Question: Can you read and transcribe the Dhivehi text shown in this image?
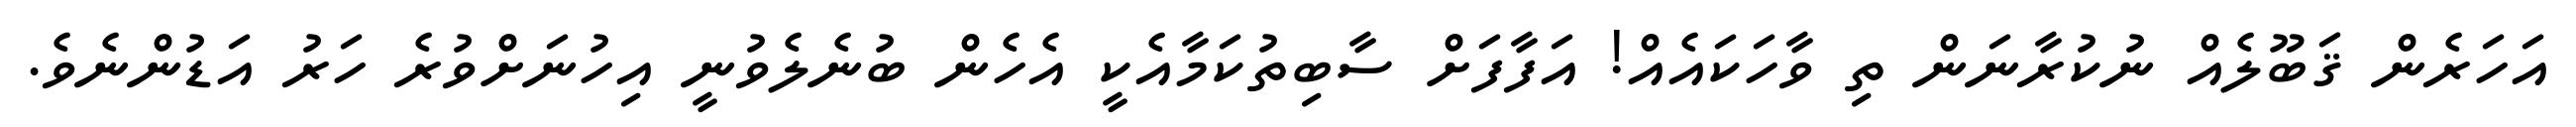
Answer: އަހަރެން ޤަބޫލެއް ނުކުރާނަން ތި ވާހަކައެއް! އަފާފަށް ސާބިތުކަމާއެކީ އެހެން ބުނެލެވުނީ އިހުނަށްވުރެ ހަރު އަޑުންނެވެ.